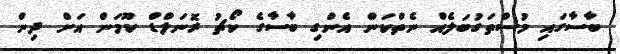
ބާސާގައި މުސްތަގުބަލެއް ނެތްކަން އެންގި ބާސާގެ ކޯޗު ރޮނަލްޑް ކޫމަން އަށް ދިން